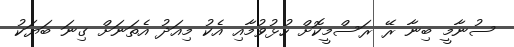
ސުނާމީ ބިނާ ރޭ ރަސްމީކޮށް ހުޅުވުމާއި އެކު މިއަދު އެތަނަށް ގިނަ ބަޔަކު